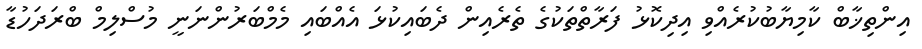
އިންތިޚާބް ކާމިޔާބުކުރެއްވި އިދިކޮޅު ފަރާތްތަކުގެ ތެރެއިން ދެބައިކުޅަ އެއްބައި މެމްބަރުންނަނީ މުސްލިމް ބްރަދަހުޑާ